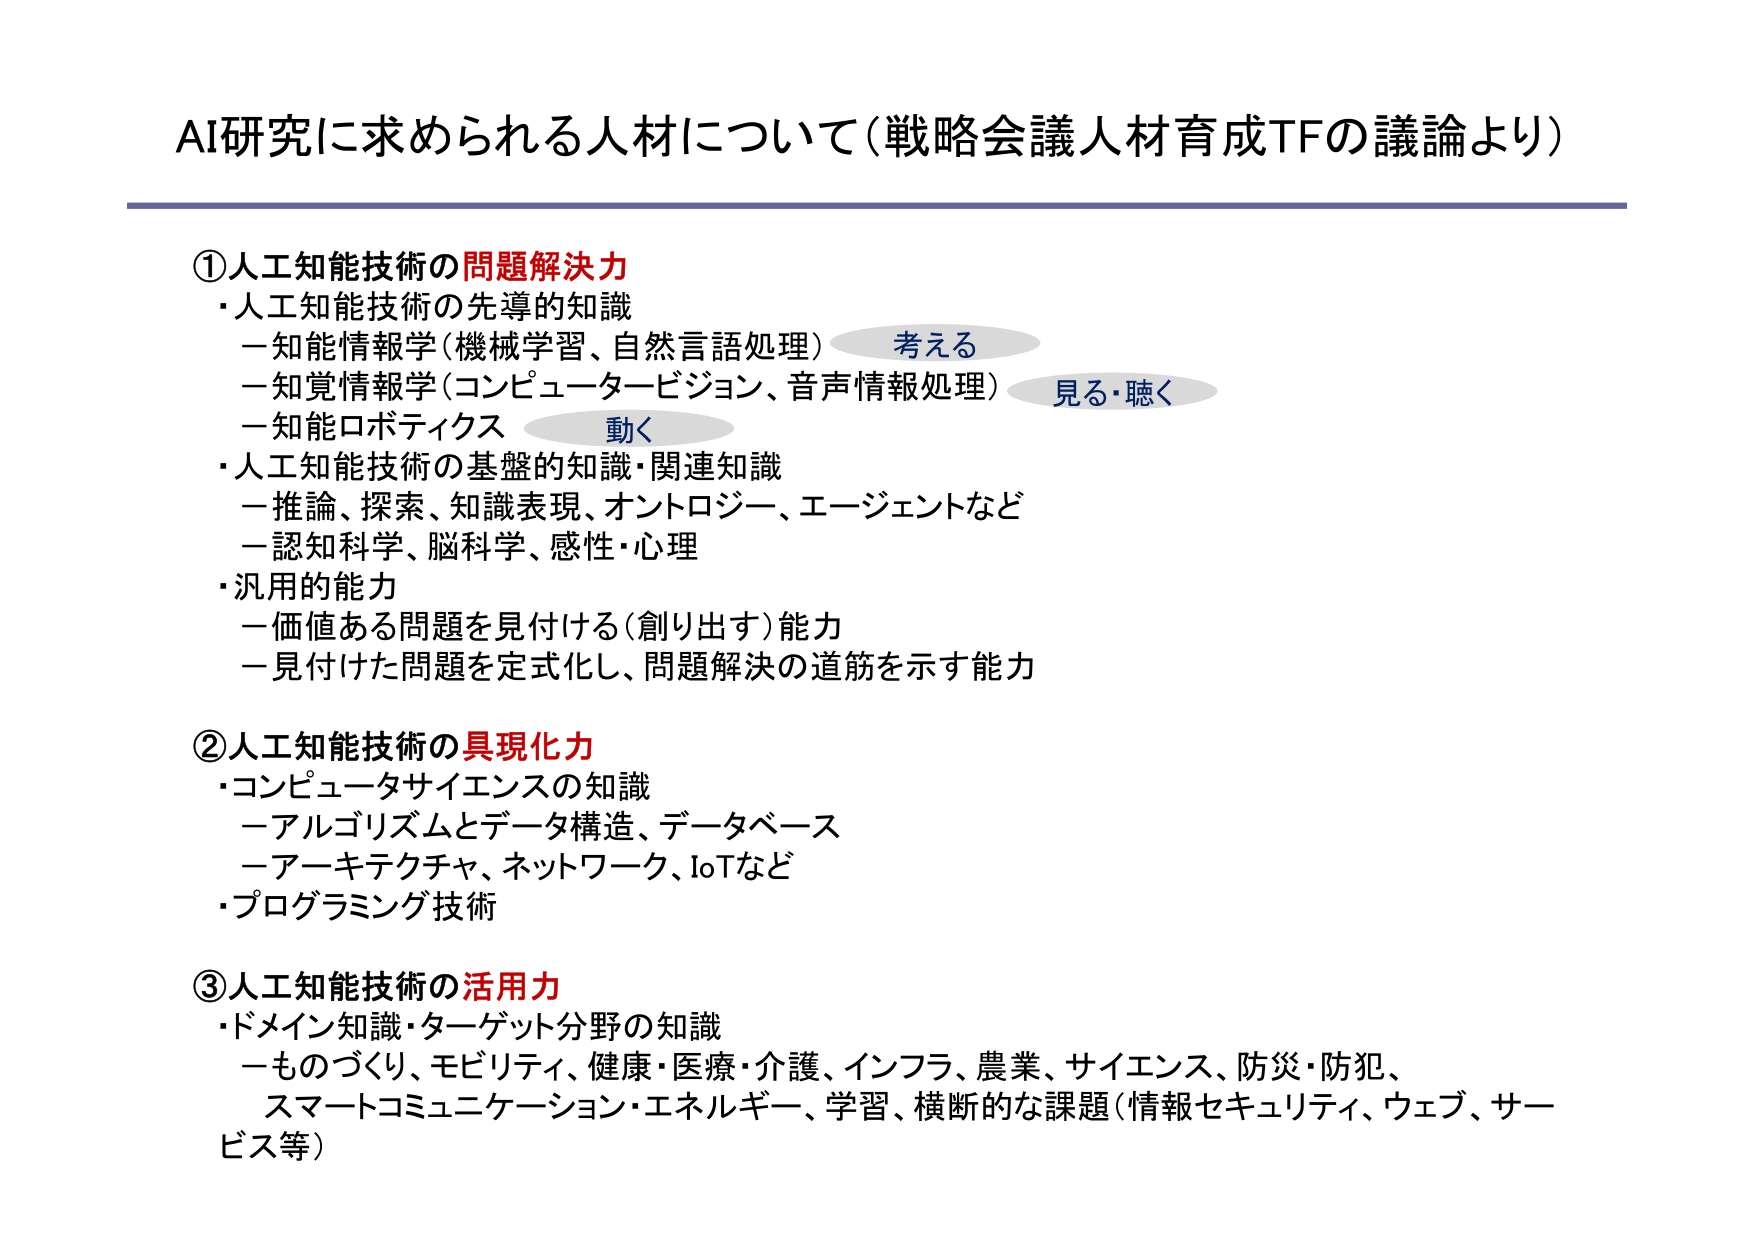
AI研究に求められる人材について（戦略会議人材育成TFの議論より）

①人工知能技術の問題解決力
・人工知能技術の先導的知識
　－知能情報学（機械学習、自然言語処理）　考える
　－知覚情報学（コンピュータービジョン、音声情報処理）　見る・聴く
　－知能ロボティクス　動く
・人工知能技術の基盤的知識・関連知識
　－推論、探索、知識表現、オントロジー、エージェントなど
　－認知科学、脳科学、感性・心理
・汎用的能力
　－価値ある問題を見付ける（創り出す）能力
　－見付けた問題を定式化し、問題解決の道筋を示す能力

②人工知能技術の具現化力
・コンピュータサイエンスの知識
　－アルゴリズムとデータ構造、データベース
　－アーキテクチャ、ネットワーク、IoTなど
・プログラミング技術

③人工知能技術の活用力
・ドメイン知識・ターゲット分野の知識
　－ものづくり、モビリティ、健康・医療・介護、インフラ、農業、サイエンス、防災・防犯、
　　スマートコミュニケーション・エネルギー、学習、横断的な課題（情報セキュリティ、ウェブ、サービス等）